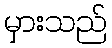
မှားသည်